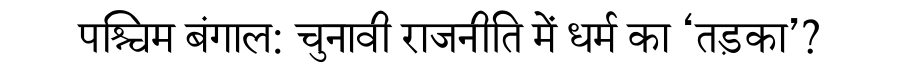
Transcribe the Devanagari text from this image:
पश्चिम बंगाल: चुनावी राजनीति में धर्म का ‘तड़का’?